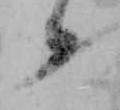
候